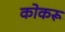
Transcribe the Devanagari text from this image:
कोकरू